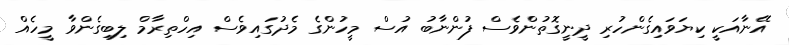
އޭނާއަކީ ކިޔަވައިގެންހުރި ދީނީގޮތުންވެސް ފުންނާބު އުސް މީހުންގެ މެދުގައިވެސް އިހްތިރާމް ލިބިގެންވާ މީހެއް